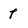
Character: t